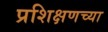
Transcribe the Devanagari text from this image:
प्रशिक्षणच्या